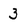
Character: 3